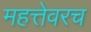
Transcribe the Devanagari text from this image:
महत्तेवरच